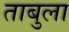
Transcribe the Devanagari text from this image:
ताबुला